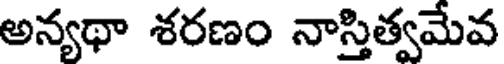
అన్యథా శరణం నాస్తిత్వమేవ